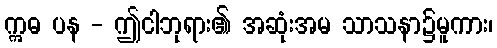
ဣဓ ပန - ဤငါဘုရား၏ အဆုံးအမ သာသနာ၌မူကား၊